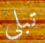
تبلى